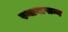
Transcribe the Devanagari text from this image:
स्थानापान्न